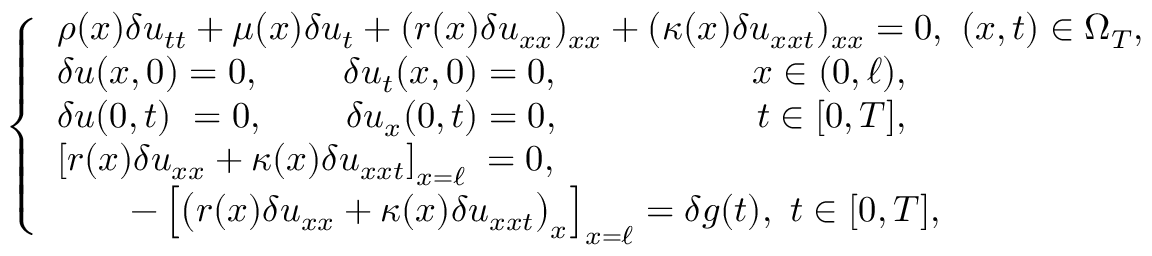
\begin{array} { r } { \left\{ \begin{array} { l c } { \rho ( x ) \delta u _ { t t } + \mu ( x ) \delta u _ { t } + ( r ( x ) \delta u _ { x x } ) _ { x x } + ( \kappa ( x ) \delta u _ { x x t } ) _ { x x } = 0 , \ ( x , t ) \in \Omega _ { T } , } \\ { \delta u ( x , 0 ) = 0 , ~ \quad \; \; \ \delta u _ { t } ( x , 0 ) = 0 , ~ \qquad \qquad \; \; \ x \in ( 0 , \ell ) , } \\ { \delta u ( 0 , t ) \ = 0 , ~ \quad \; \; \; \delta u _ { x } ( 0 , t ) = 0 , ~ \qquad \qquad \quad t \in [ 0 , T ] , } \\ { \left[ r ( x ) \delta u _ { x x } + \kappa ( x ) \delta u _ { x x t } \right] _ { x = \ell } \; = 0 , ~ \quad \qquad \ \quad \; \; } \\ { \qquad - \left[ \big ( r ( x ) \delta u _ { x x } + \kappa ( x ) \delta u _ { x x t } \big ) _ { x } \right] _ { x = \ell } = \delta g ( t ) , \ t \in [ 0 , T ] , } \end{array} \right. } \end{array}